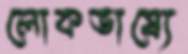
লোকভাষ্যে